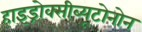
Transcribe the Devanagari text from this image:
हाइड्रोक्सीब्यूटोनोन